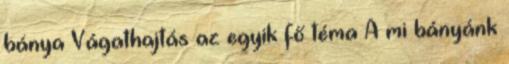
bánya Vágathajtás az egyik fő téma A mi bányánk